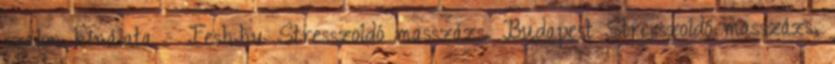
szalon kínálata - Fesh.hu Stresszoldó masszázs, Budapest Stresszoldó masszázs,